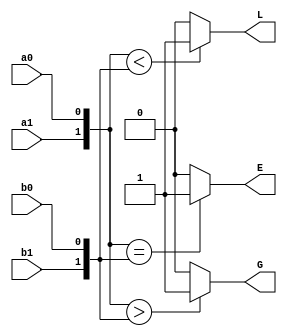
module comparator (a0,a1,b0,b1,G,E,L);
input a0,a1,b0,b1;
output G,E,L;
reg G,E,L;
always@(a0 or a1 or b0 or b1)
 begin
 if ({a1,a0}<{b1,b0})
	L<= 1;
else 
	L<= 0;

 if ({a1,a0}>{b1,b0})
	G<= 1;
else
	G<= 0;

 if ({a1,a0} == {b1,b0})
	E<=1;
else 
	E<=0;
 end
 endmodule